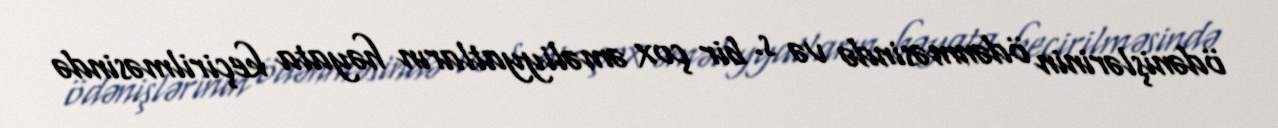
ödənişlərinin ödənməsində və s. bir çox əməliyyatların həyata keçirilməsində